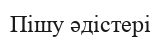
Пішу әдістері